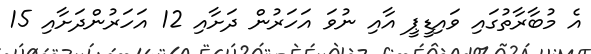
އެ މުބާރާތުގައި ވައިޑީޕީ އާއި ނުވަ އަހަރުން ދަށާއި 12 އަހަރުންދަށާއި 15